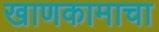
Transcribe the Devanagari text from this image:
खाणकामाचा